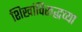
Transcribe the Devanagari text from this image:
शिखांविरूद्धच्या